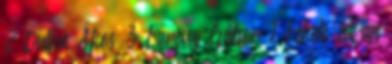
2 Dutka Ákos 3 Egressy Gábor 1 Fekete István